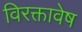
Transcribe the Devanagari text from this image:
विरक्तावेष